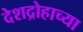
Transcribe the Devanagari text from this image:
देशद्रोहाच्या